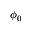
\phi _ { 0 }